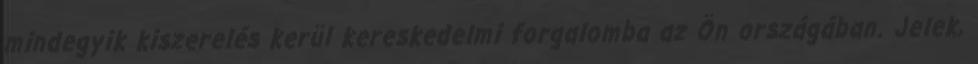
mindegyik kiszerelés kerül kereskedelmi forgalomba az Ön országában. Jelek,